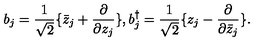
b _ { j } = { \frac { 1 } { \sqrt 2 } } \{ \bar { z } _ { j } + { \frac { \partial } { \partial z _ { j } } } \} , b _ { j } ^ { \dagger } = { \frac { 1 } { \sqrt 2 } } \{ z _ { j } - { \frac { \partial } { \partial \bar { z } _ { j } } } \} .